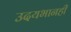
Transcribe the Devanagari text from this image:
उदयभानही